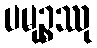
ပမုဉ္စဿု